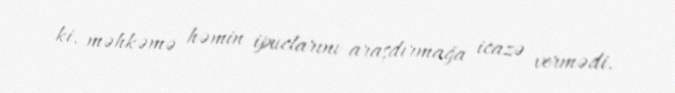
ki, məhkəmə həmin ipuclarını araşdırmağa icazə vermədi.